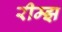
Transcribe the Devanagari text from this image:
रीम्झ